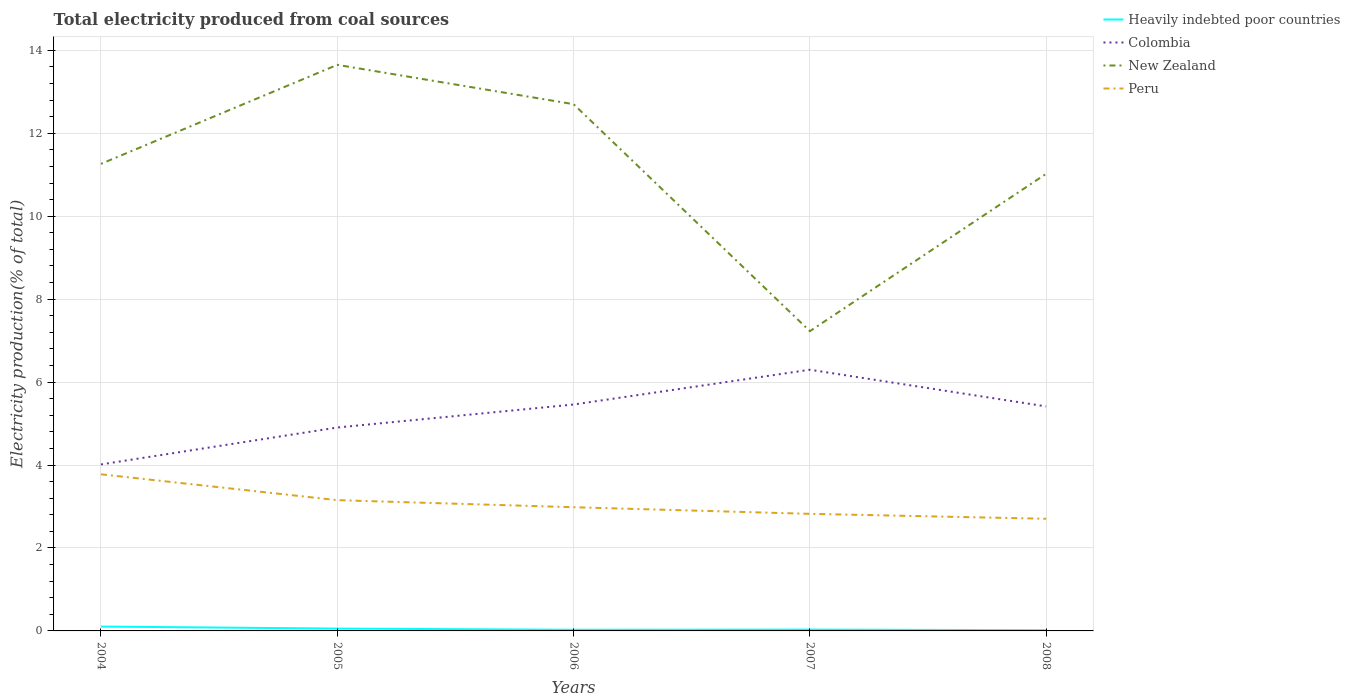
| Years | Heavily indebted poor countries | Colombia | New Zealand | Peru |
 | --- | --- | --- | --- | --- |
 | 2004 | 0.105 | 4.01 | 11.3 | 3.78 |
 | 2005 | 0.0565 | 4.9 | 13.6 | 3.15 |
 | 2006 | 0.028 | 5.46 | 12.7 | 2.98 |
 | 2007 | 0.0323 | 6.3 | 7.23 | 2.82 |
 | 2008 | 0.0171 | 5.41 | 11 | 2.7 |